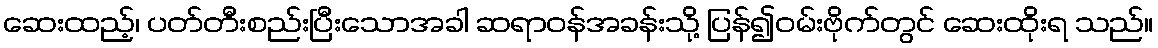
ဆေးထည့်၊ ပတ်တီးစည်းပြီးသောအခါ ဆရာဝန်အခန်းသို့ ပြန်၍ဝမ်းဗိုက်တွင် ဆေးထိုးရ သည်။